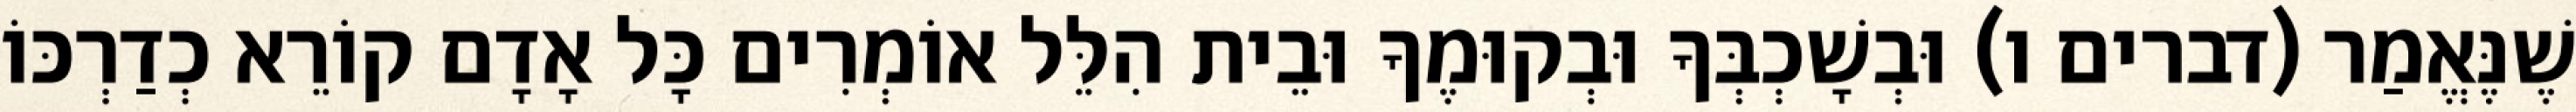
שֶׁנֶּאֱמַר (דברים ו) וּבְשָׁכְבְּךָ וּבְקוּמֶךָ וּבֵית הִלֵּל אוֹמְרִים כָּל אָדָם קוֹרֵא כְדַרְכּוֹ